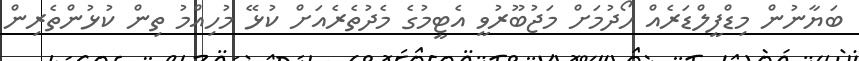
ބަޔާނުން މިޑްފީލްޑަރެއް ހޯދުމަށް މަޖުބޫރުވީ އެޓީމުގެ މެދުތެރެއަށް ކުޅޭ މުހިއްމު ތިން ކުޅުންތެރިން